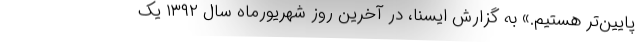
پایین‌تر هستیم.» به گزارش ایسنا، در آخرین روز شهریورماه سال ۱۳۹۲ یک